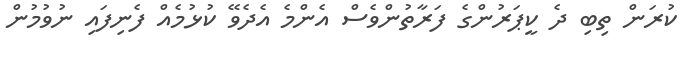
ކުރަން ތިބި ދެ ކީޕަރުންގެ ފަރާތުންވެސް އެންމެ އެދެވޭ ކުޅުމެއް ފެނިފައި ނުވުމުން